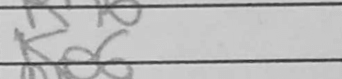
Transcription: Ke6